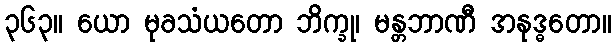
၃၆၃။ ယော မုခသံယတော ဘိက္ခု၊ မန္တဘာဏီ အနုဒ္ဓတော။